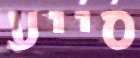
סייע